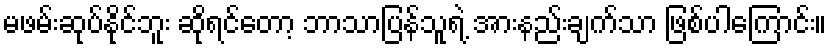
မဖမ်းဆုပ်နိုင်ဘူး ဆိုရင်တော့ ဘာသာပြန်သူရဲ့ အားနည်းချက်သာ ဖြစ်ပါကြောင်း။